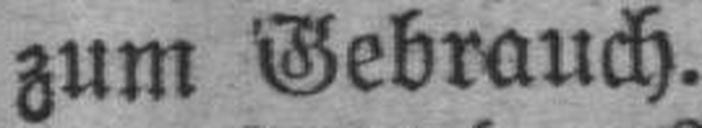
zum Gebrauch.